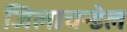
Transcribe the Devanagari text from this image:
जिलाचन्डेल